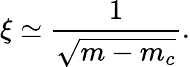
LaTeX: \xi\simeq\frac{1}{\sqrt{m-m_{c}}}.